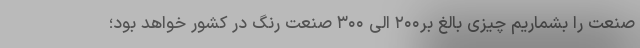
صنعت را بشماریم چیزی بالغ بر۲۰۰ الی ۳۰۰ صنعت رنگ در کشور خواهد بود؛